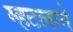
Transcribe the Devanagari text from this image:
म्हटलाने